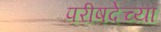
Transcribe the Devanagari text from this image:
परीषदेच्या